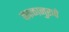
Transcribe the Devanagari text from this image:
काळानुरूपे